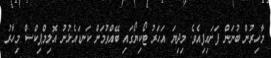
މާހިރުން ބުނަން ފަށައިފިއެވެ. މިދިޔަ އަހަރު ޓޯކިޔޯގައި ބޭއްވުމަށް ކަނޑައެޅުނު އޮލިމްޕިކްސް މިހާރު